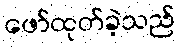
ဖော်ထုတ်ခဲ့သည်